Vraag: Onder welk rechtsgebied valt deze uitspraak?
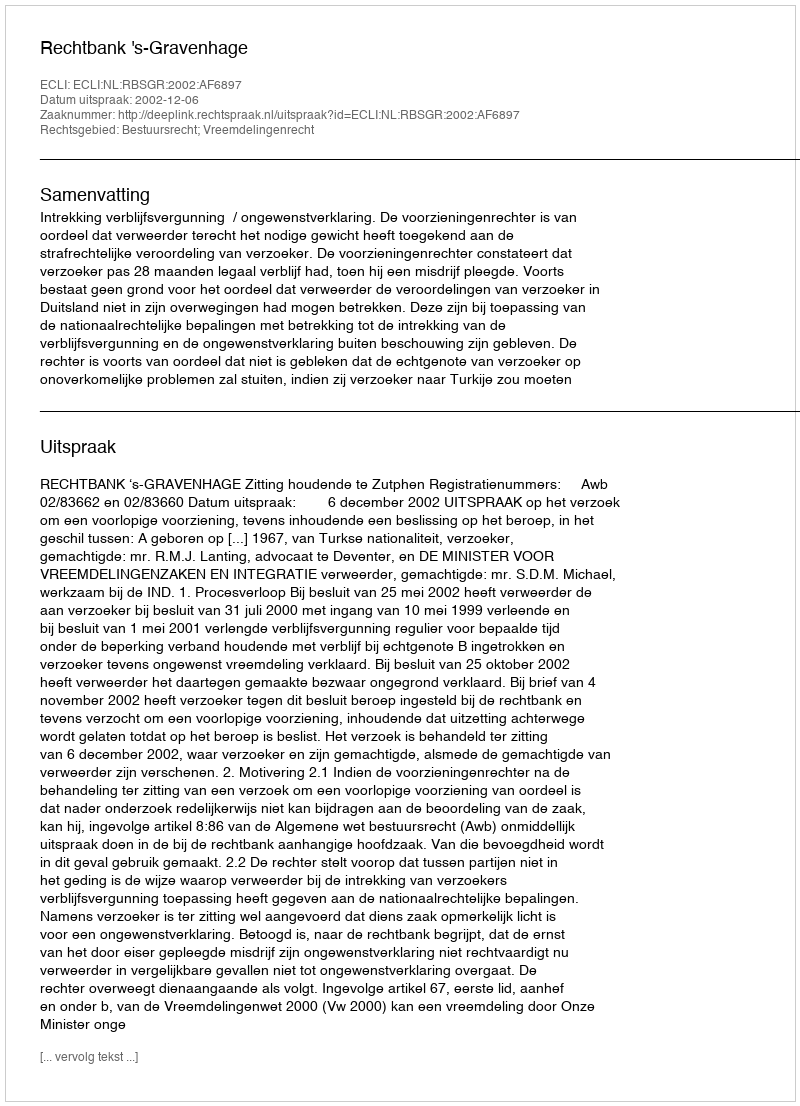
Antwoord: Bestuursrecht; Vreemdelingenrecht